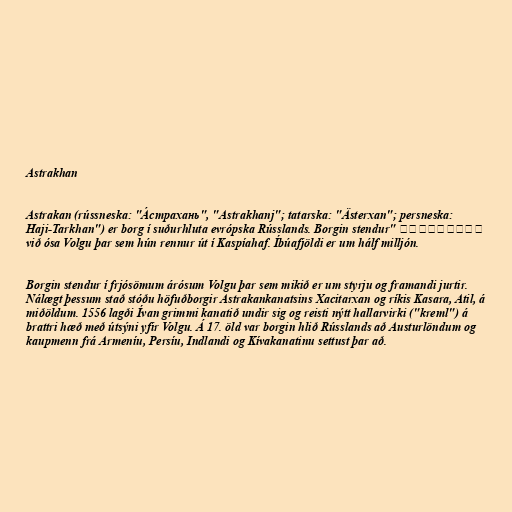
Astrakhan

Astrakan (rússneska: "А́страхань", "Astrakhanj"; tatarska: "Ästerxan"; persneska:
حاجی‌ترخان "Haji-Tarkhan") er borg í suðurhluta evrópska Rússlands. Borgin stendur
við ósa Volgu þar sem hún rennur út í Kaspíahaf. Íbúafjöldi er um hálf milljón.

Borgin stendur í frjósömum árósum Volgu þar sem mikið er um styrju og framandi jurtir.
Nálægt þessum stað stóðu höfuðborgir Astrakankanatsins Xacitarxan og ríkis Kasara, Atil, á
miðöldum. 1556 lagði Ívan grimmi kanatið undir sig og reisti nýtt hallarvirki ("kreml") á
brattri hæð með útsýni yfir Volgu. Á 17. öld var borgin hlið Rússlands að Austurlöndum og
kaupmenn frá Armeníu, Persíu, Indlandi og Kívakanatinu settust þar að.